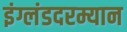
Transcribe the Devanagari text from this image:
इंग्लंडदरम्यान